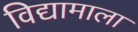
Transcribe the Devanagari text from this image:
विद्यामाला